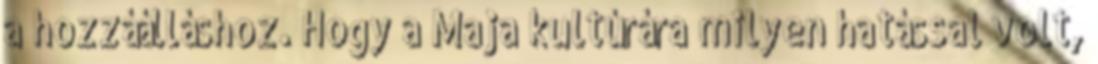
a hozzáálláshoz. Hogy a Maja kultúrára milyen hatással volt,